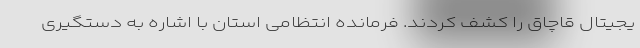
یجیتال قاچاق را کشف کردند. فرمانده انتظامی استان با اشاره به دستگیری